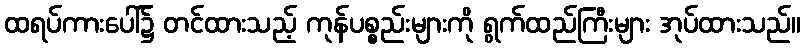
ထရပ်ကားပေါ်၌ တင်ထားသည့် ကုန်ပစ္စည်းများကို ရွက်ထည်ကြီးများ အုပ်ထားသည်။